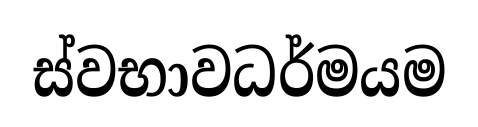
ස්වභාවධර්මයම